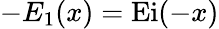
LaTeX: -E_{1}(x)=\operatorname{Ei}(-x)